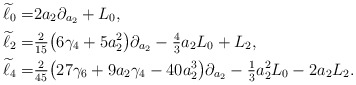
\begin{align*} \widetilde{\ell}_0 =& 2a_2 \partial_{a_2} + L_0,\\ \widetilde{\ell}_2 =& \tfrac{2}{15}\big(6\gamma_4 + 5 a_2^2\big) \partial_{a_2} - \tfrac{4}{3} a_2 L_0 + L_2 ,\\ \widetilde{\ell}_4 =& \tfrac{2}{45} \big(27\gamma_6 + 9 a_2 \gamma_4 - 40 a_2^3\big) \partial_{a_2} - \tfrac{1}{3}a_2^2 L_0 - 2 a_2 L_2 . \end{align*}